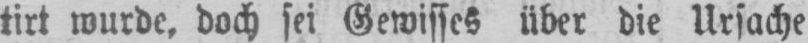
tirt wurde, doch sei Gewisses über die Ursache